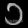
Digit: ၁